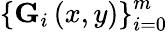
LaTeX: \left\{ {\mathbf G}_{i}\left(x,y\right)\right\} _{i=0}^{m}